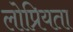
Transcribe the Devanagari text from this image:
लोप्रियता